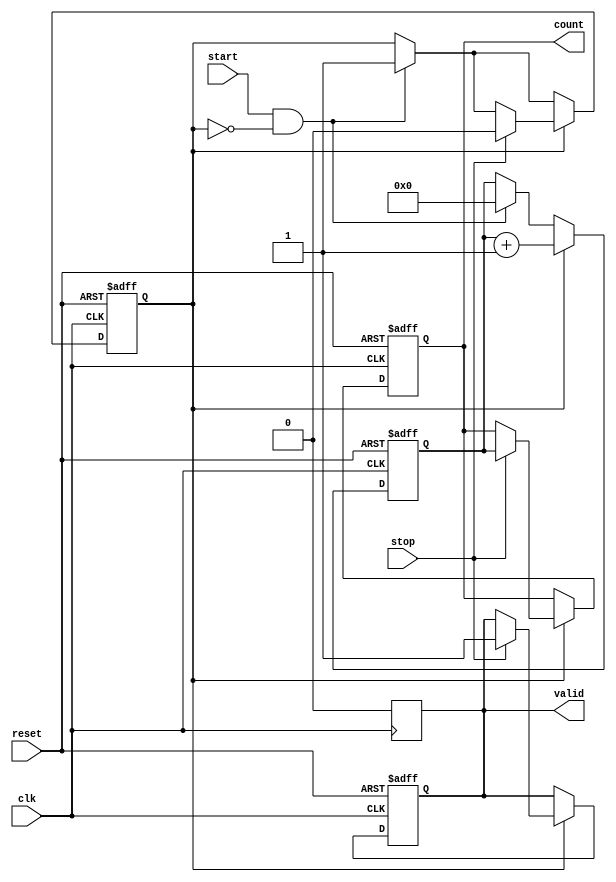
module MemoryBlocksTDC #(
    parameter DELAY_STAGES = 16  // Number of delay stages in the delay line
)(
    input wire clk,               // System clock
    input wire reset,             // Reset signal
    input wire start,             // Start signal
    input wire stop,              // Stop signal
    output reg [3:0] count,       // Output count (adjust width as needed)
    output reg valid              // Valid signal for output
);

    reg [DELAY_STAGES-1:0] delay_line; // Delay line register array
    reg [3:0] counter;                 // Counter for delay stages
    reg latched_start;                 // Flag for latched start signal

    // Delay line logic
    always @(posedge clk or posedge reset) begin
        if (reset) begin
            delay_line <= 0;
            counter <= 0;
            count <= 0;
            valid <= 0;
            latched_start <= 0;
        end else begin
            // Shift delay line and introduce delay
            delay_line <= {stop, delay_line[DELAY_STAGES-1:1]};

            // Check for start event
            if (start && !latched_start) begin
                latched_start <= 1;  // Latch the start
                counter <= 0;        // Reset counter on start
            end
            
            // Count number of delay stages traversed by stop signal
            if (latched_start) begin
                counter <= counter + 1; // Increment counter on each clock cycle
                if (stop) begin
                    count <= counter;    // Latch the count when stop signal is high
                    valid <= 1;          // Mark output as valid
                    latched_start <= 0;  // Clear the start latch
                end
            end
        end
    end

    // Add a reset for valid signal after reading the output
    always @(posedge clk) begin
        if (valid) begin
            // Optionally, keep valid signal for one clock cycle before resetting
            valid <= 0;
        end
    end

endmodule